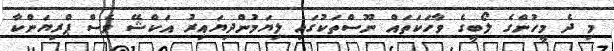
މި ދެ މީހުންގެ ލޯބީގެ ވާހަކަތައް ނޫސްތަކުގައި ލިޔަމުންދިޔައިރު އަކްޝޭ ވެސް ޕްރިޔަންކާ